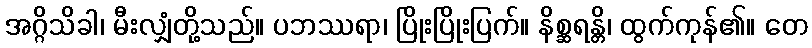
အဂ္ဂိသိခါ၊ မီးလျှံတို့သည်။ ပဘဿရာ၊ ပြိုးပြိုးပြက်။ နိစ္ဆရန္တိ၊ ထွက်ကုန်၏။ တေ